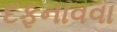
દફનાવવા